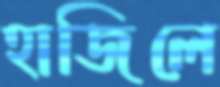
হাজিলে